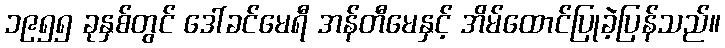
၁၉၅၅ ခုနှစ်တွင် ဒေါ်ခင်မေရီ အန်တီမေနှင့် အိမ်ထောင်ပြုခဲ့ပြန်သည်။